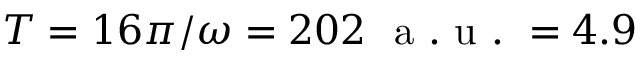
T = 1 6 \pi / \omega = 2 0 2 ~ \mathrm { ~ a ~ . ~ u ~ . ~ } = 4 . 9